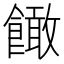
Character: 䭛